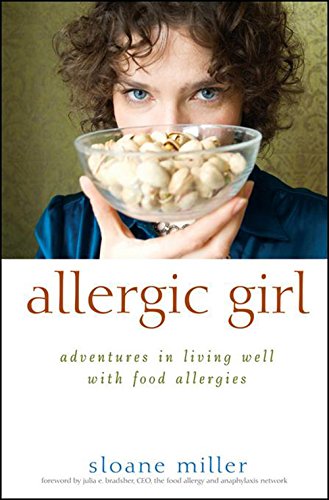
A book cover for Allergic Girl: Adventures in Living Well with Food Allergies; Sloane Miller; Health, Fitness & Dieting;